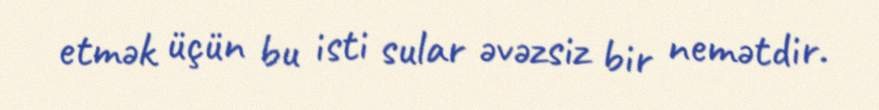
etmək üçün bu isti sular əvəzsiz bir nemətdir.